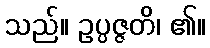
သည်။ ဥပ္ပဇ္ဇတိ၊ ၏။